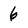
Character: 6